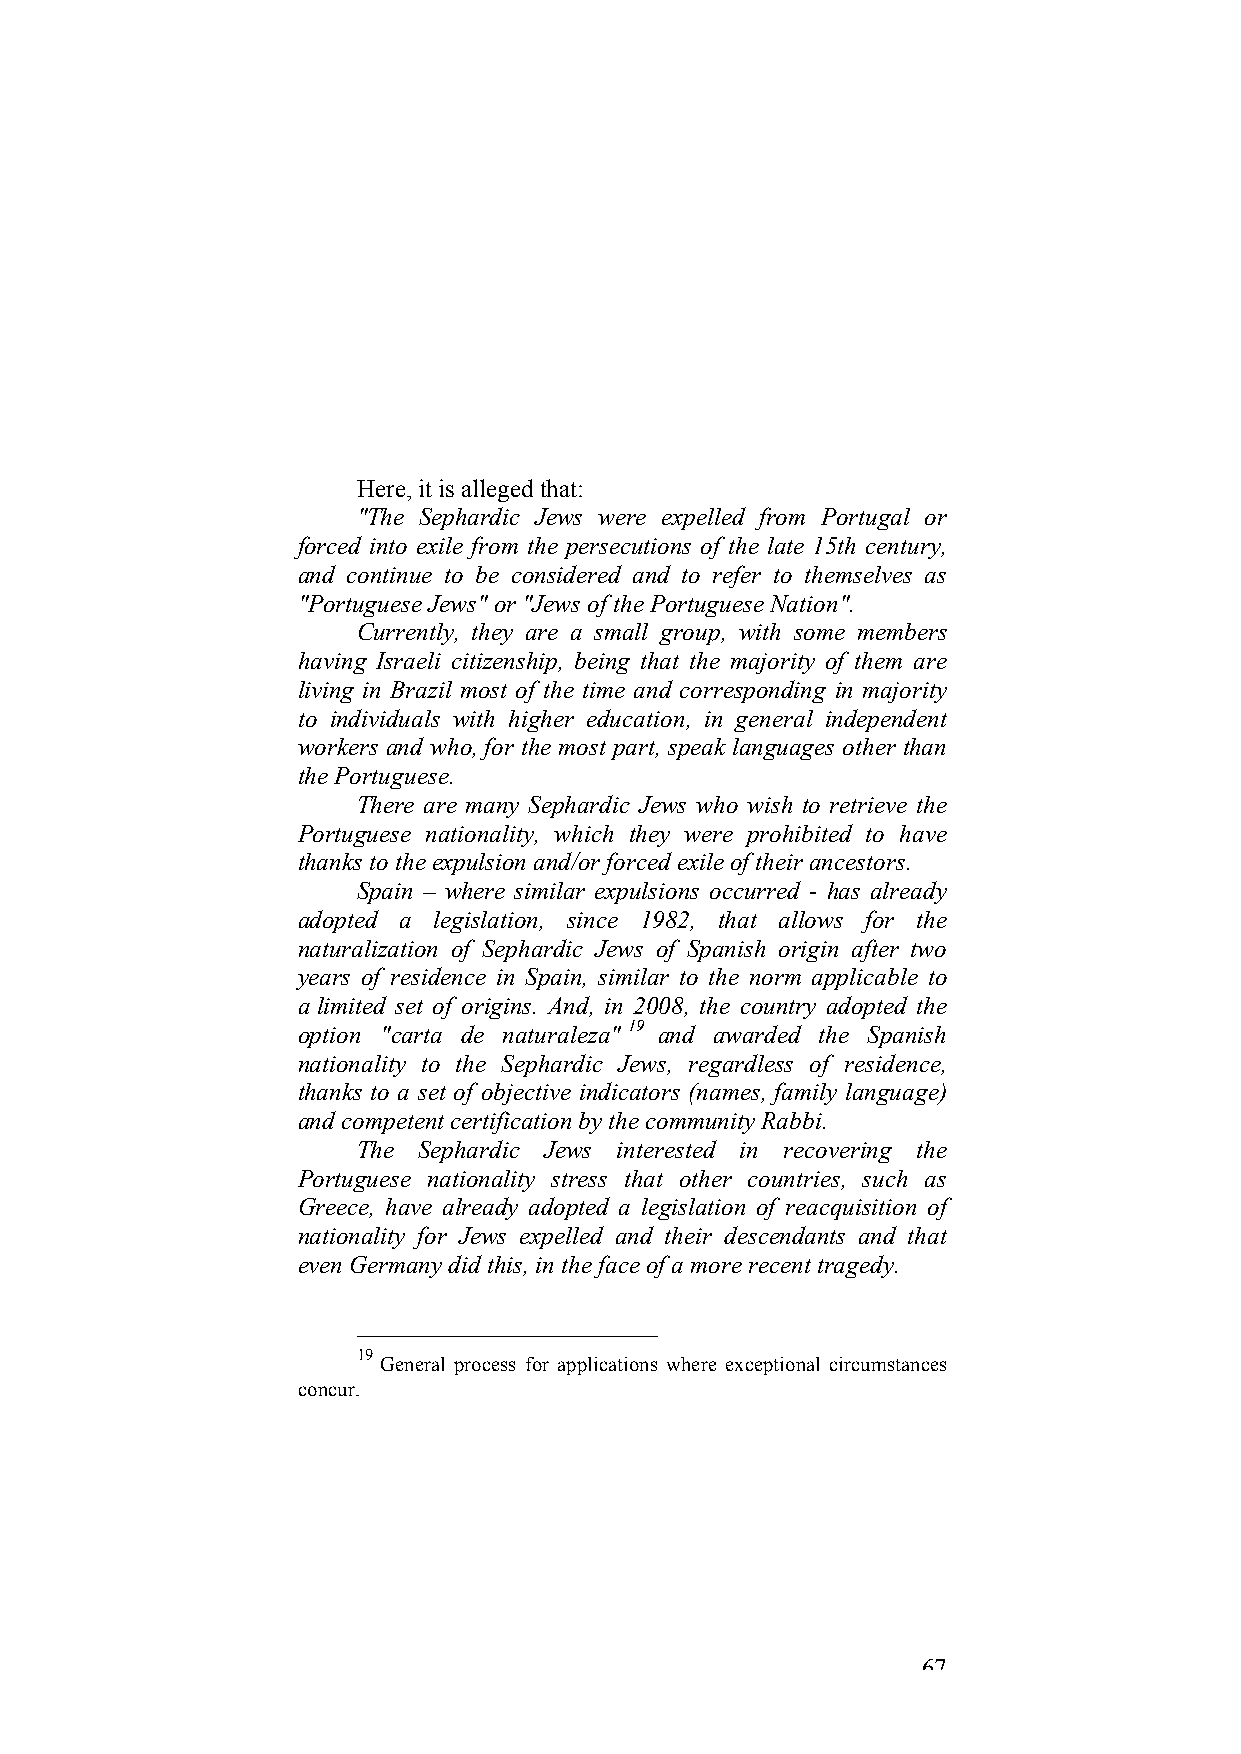
Here, it is alleged that:
 "The Sephardic Jews were expelled from Portugal or
 forced into exile from the persecutions of the late 15th century,
 and continue to be considered and to refer to themselves as
 "Portuguese Jews" or "Jews of the Portuguese Nation".
 Currently, they are a small group, with some members
 having Israeli citizenship, being that the majority of them are
 living in Brazil most of the time and corresponding in majority
 to individuals with higher education, in general independent
 workers and who, for the most part, speak languages other than
 the Portuguese.
 There are many Sephardic Jews who wish to retrieve the
 Portuguese nationality, which they were prohibited to have
 thanks to the expulsion and/or forced exile of their ancestors.
 Spain – where similar expulsions occurred - has already
 adopted a legislation, since 1982, that allows for the
 naturalization of Sephardic Jews of Spanish origin after two
 years of residence in Spain, similar to the norm applicable to
 a limited set of origins. And, in 2008, the country adopted the
 option "carta de naturaleza" 19 and awarded the Spanish
 nationality to the Sephardic Jews, regardless of residence,
 thanks to a set of objective indicators (names, family language)
 and competent certification by the community Rabbi.
 The Sephardic Jews interested in recovering the
 Portuguese nationality stress that other countries, such as
 Greece, have already adopted a legislation of reacquisition of
 nationality for Jews expelled and their descendants and that
 even Germany did this, in the face of a more recent tragedy.
 19
 General process for applications where exceptional circumstances
 concur.
 67